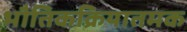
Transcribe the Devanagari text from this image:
भौतिकक्रियातमक